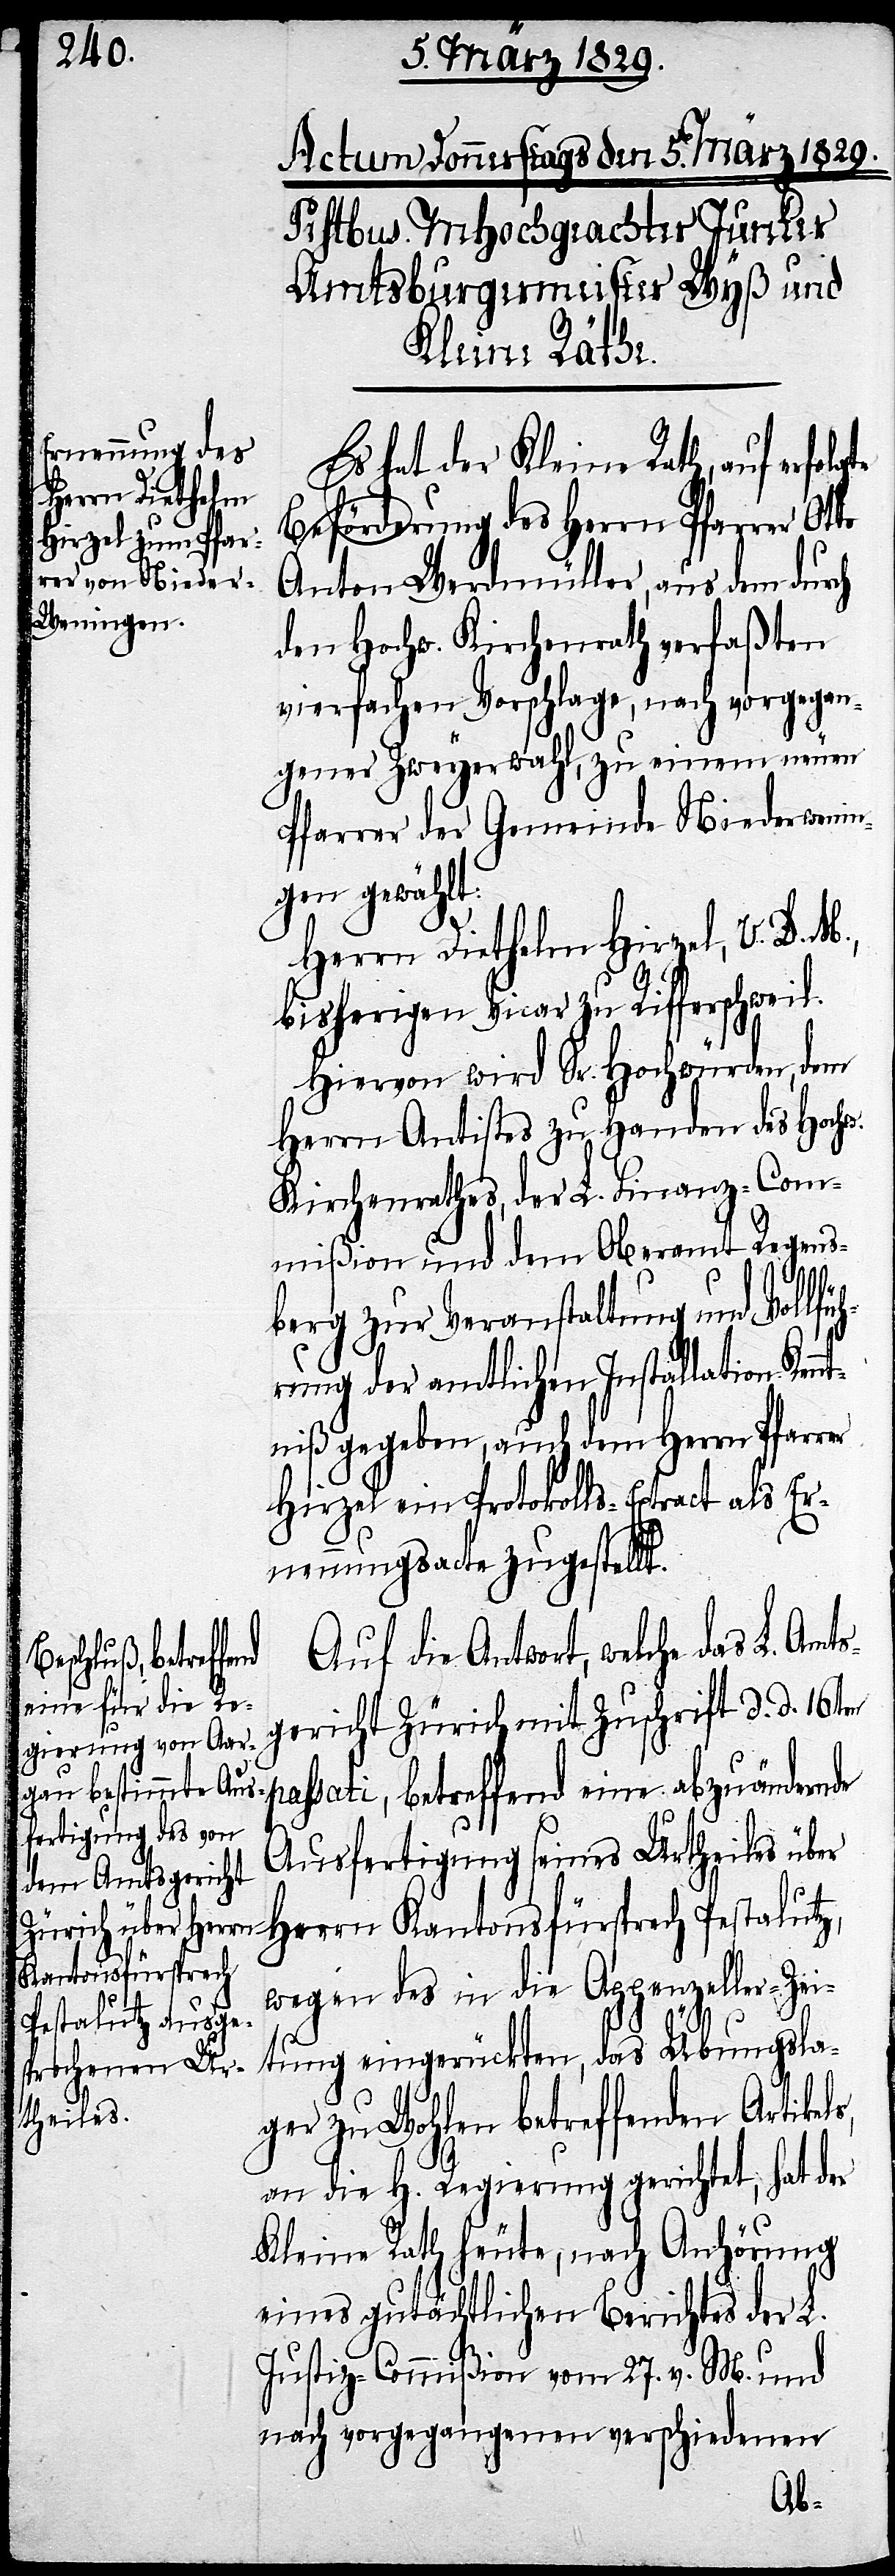
Es hat der Kleine Rath, auf erfolg¬
Beförderung des Herrn Pfarrer Ot¬
Anton Werdmüller, aus dem durch
den Hochw. Kirchenrath verfaßten
vierfachen Vorschlage, nach vorgegan¬
gener Zweyerwahl, zu einem neuen
Pfarrer der Gemeinde Niederwenin¬
gen gewählt:
Herrn Diethelm Hirzel, V. D. M.,
bisherigen Vicar zu Rifferschweil.
Hiervon wird Sr. Hochwürden, dem
Herrn Antistes zu Handen des Hochw.
Kirchenrathes, der L. Finanz-Com¬
mißion und dem Oberamt Regens¬
berg zur Veranstaltung und Vollfü¬
hrung der amtlichen Installation Ken¬
ntniß gegeben, auch dem Herrn Pfarrer
Hirzel ein Protokolls-Extract als Er¬
nennungsacte zugestellt.
Auf die Antwort, welche das L. Amts¬
gericht Zürich mit Zuschrift d. d. 16ten
ssati, betreffend eine abzuändernde
Ausfertigung seines Urtheiles über
Herrn Kantonsfürsprech Pestalutz,
wegen des in die Appenzeller-Zei¬
tung eingerückten, das Übungsla¬
ger zu Wohlen betreffenden Artikels,
an die H. Regierung gerichtet, hat der
Kleine Rath heute, nach Anhörung
eines gutächtlichen Berichtes der L.
Justiz-Commißion vom 27. v. M. und
nach vorgegangenen verschiedenen
pa¬